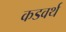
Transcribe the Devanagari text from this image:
कडवर्थ